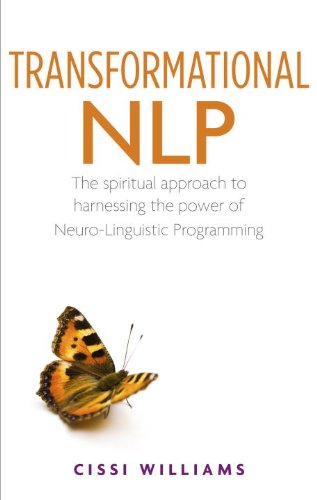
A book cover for Transformational NLP: The Spiritual Approach to Harnessing the Power of Neuro-Linguistic Programming; Cissi Williams; Self-Help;